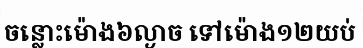
ចន្លោះម៉ោង៦ល្ងាច ទៅម៉ោង១២យប់